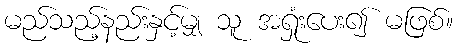
မည်သည့်နည်းနှင့်မျှ သူ အရှုံးပေး၍ မဖြစ်။